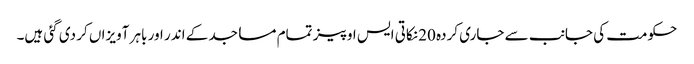
حکومت کی جانب سے جاری کردہ 20 نکاتی ایس او پیز تمام مساجد کے اندر اور باہر آویزاں کر دی گئی ہیں۔